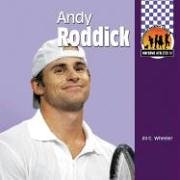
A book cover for Andy Roddick (Awesome Athletes); Jill C. Wheeler; Children's Books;